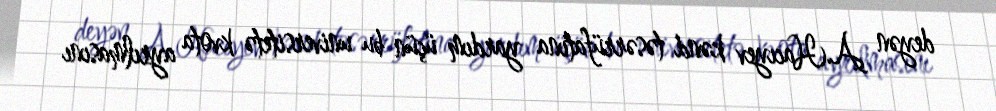
deyən A.Hacıyev kənd təsərrüfatına yardım üçün bu universitetə kvota ayrılmasını